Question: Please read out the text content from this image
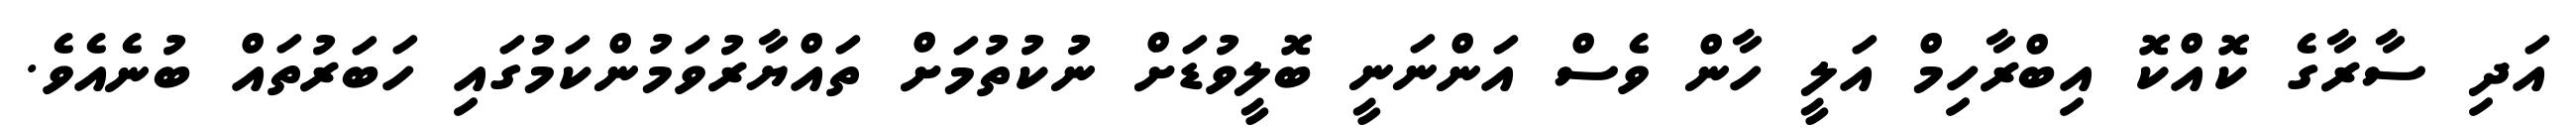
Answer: އަދި ސާރާގެ ކޮއްކޮ އިބްރާހިމް އަލީ ހާން ވެސް އަންނަނީ ބޮލީވުޑަށް ނުކުތުމަށް ތައްޔާރުވަމުންކަމުގައި ހަބަރުތައް ބުނެއެވެ.